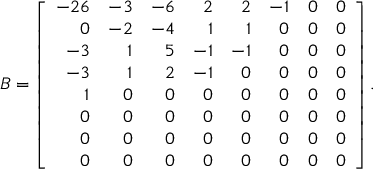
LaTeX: B = \left[ { \begin{array} { r r r r r r r r } { - 2 6 } & { - 3 } & { - 6 } & { 2 } & { 2 } & { - 1 } & { 0 } & { 0 } \\ { 0 } & { - 2 } & { - 4 } & { 1 } & { 1 } & { 0 } & { 0 } & { 0 } \\ { - 3 } & { 1 } & { 5 } & { - 1 } & { - 1 } & { 0 } & { 0 } & { 0 } \\ { - 3 } & { 1 } & { 2 } & { - 1 } & { 0 } & { 0 } & { 0 } & { 0 } \\ { 1 } & { 0 } & { 0 } & { 0 } & { 0 } & { 0 } & { 0 } & { 0 } \\ { 0 } & { 0 } & { 0 } & { 0 } & { 0 } & { 0 } & { 0 } & { 0 } \\ { 0 } & { 0 } & { 0 } & { 0 } & { 0 } & { 0 } & { 0 } & { 0 } \\ { 0 } & { 0 } & { 0 } & { 0 } & { 0 } & { 0 } & { 0 } & { 0 } \end{array} } \right] .